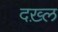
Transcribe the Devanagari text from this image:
दख़्ल